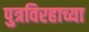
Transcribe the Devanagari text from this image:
पुत्रविरहाच्या